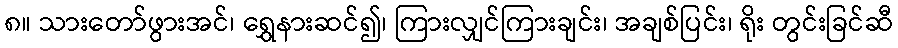
၈။ သားတော်ဖွားအင်၊ ရွှေနားဆင်၍၊ ကြားလျှင်ကြားချင်း၊ အချစ်ပြင်း၊ ရိုး တွင်းခြင်ဆီ